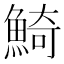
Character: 𩸞